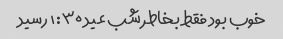
خوب بود فقط بخاطر شب عید ۱:۳۰ رسید